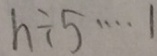
h \div 5 \cdots 1